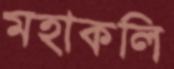
মহাকলি